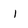
Character: 1